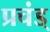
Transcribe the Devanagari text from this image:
प्रचंड्